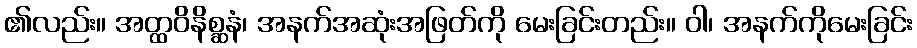
၏လည်း။ အတ္ထဝိနိစ္ဆနံ၊ အနက်အဆုံးအဖြတ်ကို မေးခြင်းတည်း။ ဝါ၊ အနက်ကိုမေးခြင်း